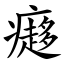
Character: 㿐